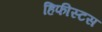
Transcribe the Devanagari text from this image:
हिफीस्टस